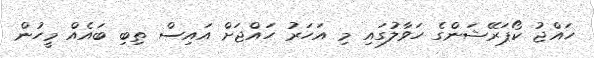
ހައްޖު ކޯޕަރޭޝަންގެ ހަވާލުގައި މި އަހަރު ހައްޖަށް އައިސް ތިބި ބައެއް މީހުން